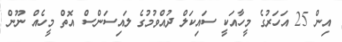
އިން 25 އަހަރުގެ މީހާއަކީ ސައިކަލް ދުއްވުމުގެ ލައިސަންސް އޮތް މީހެއް ނޫން